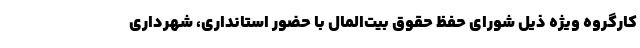
کارگروه ویژه ذیل شورای حفظ حقوق بیت‌المال با حضور استانداری، شهرداری